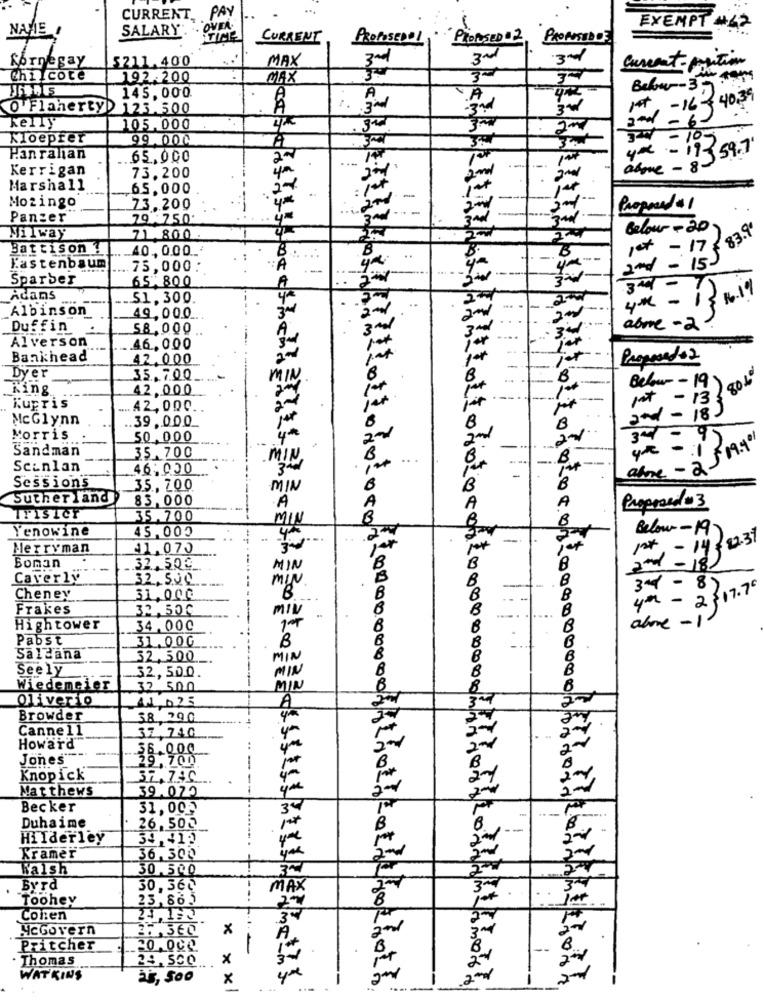
CURRENT, PAY
NAME
SALARY . . OVEA.
EXEMPT #62
CURRENT
PROPOSEDOL
PROPOSED $2, PROPOSEDDE
fornegay
$211.400
MAX
3nd
current position
Chilcote
192.200
145,000.
A
A
O'Flaherty) 123.500
3~
1st - 162
Below-3 40:39
kelly
105.000
20
2nd - 6 -
Kloeprer
99.004
A
3 - 105
Han rahan
65,000
27
yer - 11-359.7"
Kerrigan
73.200
--
alme - 83
Marshall
65.000
..
-
Mozingo
73.200
Proposed$1
Panzer
79 750.
Belour-20
₹ 83.9
71 800 .
Battison !
40,0.00 ...
1et - 17:
2nd - 15)
Kastenbaum
75,000
Sparber
65 800
3nd
Adans
51.300.
4x -
16-19
Albinson
49.000
Duffin
58,000
above -2-
Alverson
46,000
Bankhead
42.000
2nd
at
Propresdo2
Dyer
35.7.00
MIN.
B
Below- 19
80%
King
42,000
pat - 13:
Kupris
... 42, 000
2nd
2Nd - 183
McGlynn
.39,000
B
B
Morris
50.000
21
3-d
Sandman
alne - 2 5 19.49
35.700
MIN
Scinlan
46:000
-
Sessions
35, 700
MIN
B
Sutherland
83,000
A
A
Proposedo 3
Trisict
35.700
MIN
Yenowine
45,000
Below-197
-.
Merryman
$1,070
er
1st ,- 14 22.37
Boman
32. 504
MIN
B
2nd - 18
Caverly
32,500
MIN
8
3md - 87
Cheney
31.000
B
B
4th - 2$17.70
Frakes
32.500
B
aloe -1.
High tower
34,000
Pabst
31.000
B
Saldana
32,500
MIN
Seely
32,50.0.
MIN
Wiedemcier
32,500
MIN
Oliverio
11,025
A
Browder
38 790
Canne11
Howard
37,740
36.000
Jones"
29,700
Knopick
37.740
Matthews
39.073
Becker
31,002
Duhaime
26. 500
HiIderley
34,412
Kramer
36,30
Walsh
30,500
3~
Byrd
30, 36℃
MAX
3ª
Toohey
23,863
Conen
McGovern
A
Pritcher
20.000
Thomas
24, 500
3-
WATKINS
as, Soo
4
x x xl